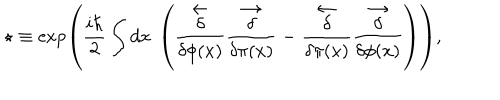
\star \equiv \exp \left( { \frac { i \hbar } { 2 } } \int d x ~ \left( \stackrel { \leftarrow } { \frac { \delta } { \delta \phi ( x ) } } \stackrel { \rightarrow } { \frac { \delta } { \delta \pi ( x ) } } - \stackrel { \leftarrow } { \frac { \delta } { \delta \pi ( x ) } } \stackrel { \rightarrow } { \frac { \delta } { \delta \phi ( x ) } } \right) \right) ,